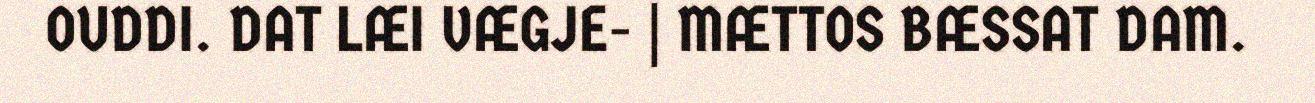
OUDDI. DAT LÆI VÆGJE- | MÆTTOS BÆSSAT DAM.